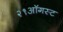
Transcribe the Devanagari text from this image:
२१ऑगस्ट